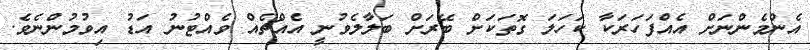
އެންމެންނަށް އެއްފަހަރަކާ ކަހަލަ ގޮތަކަށް ބޭރަށް ބަލާލެވުނީ އެއްޗެއް ވެއްޓުނު އަޑު އިވުމުންނެވެ.